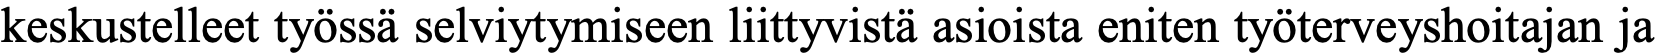
keskustelleet työssä selviytymiseen liittyvistä asioista eniten työterveyshoitajan ja